Report on sanitation, dispensaries, and jails in Rajputana for 1910, and on vaccination for the year 1910-1911 - 1910-1911
Year: 1910
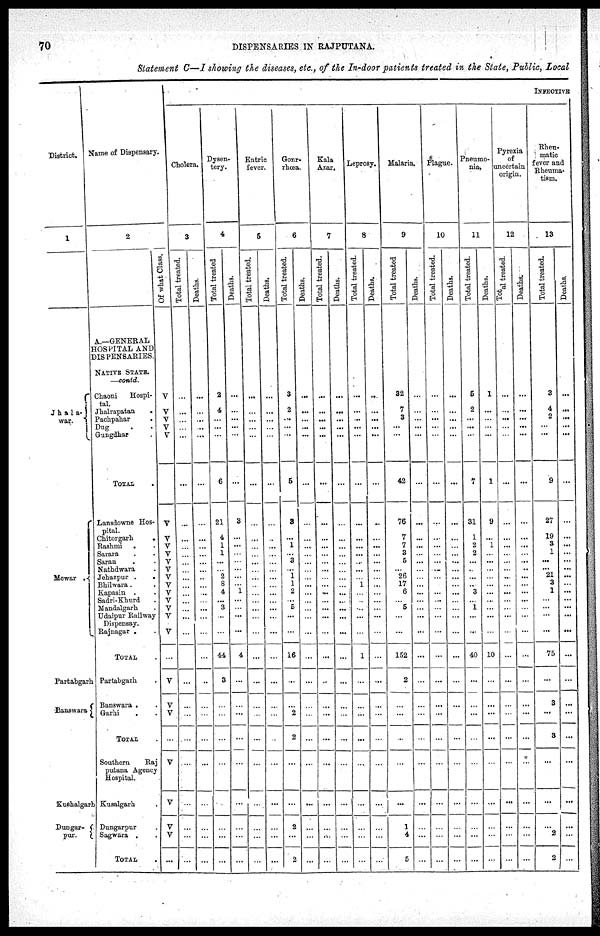
70
DISPENSARIES IN RAJPUTANA.
Statement C—I showing the diseases, etc., of the In-door patients treated in the State, Public, Local
District.
1
Jhala-
war.
Mewar
.
Partabgarh
Banswara
Kushalgarh
Dungar-
pur.
Name of Dispensary.
2
A.—GENERAL
HOSPITAL AND
DISPENSARIES.
NATIVE STATE.
—contd.
Chaoni
Hospi-
tal.
Jhalrapatan
.
Pachpahar .
Dug . .
Gungdhar .
TOTAL .
Lansdowne Hos-
pital.
Chitorgarh .
Rashmi . .
Sarara . .
Saran . .
Nathdwara .
Jehazpur . .
Bhilwara.
Kapasin . .
Sadri-Khurd .
Mandalgarh .
Udaipur Railway
Dispensay.
Rajnagar . .
TOTAL .
Partabgarh .
Banswara . .
Garhi . .
TOTAL .
Southern
Raj
putana Agency
Hospital.
Kusalgarh .
Dungarpur .
Sagwara . .
TOTAL .
INFECTIVE
Cholera.
3
Of what Class.
V
V
V
V
V
...
V
V
V
V
V
V
V
V
V
V
V
V
V
...
V
V
V
...
V
V
V
V
...
Total treated.
...
...
...
...
...
...
...
...
...
...
...
...
...
...
...
...
...
...
...
...
...
...
...
...
...
...
...
...
...
Deaths.
...
...
...
...
...
...
...
...
...
...
...
...
...
...
...
...
...
...
...
...
...
...
...
...
...
...
...
...
...
Dysen-
tery.
4
Total treated
2
4
...
...
...
6
21
4
1
1
...
...
2
8
4
...
3
...
...
44
3
...
...
...
...
...
...
...
...
Deaths.
...
...
...
...
...
...
3
...
...
...
...
...
...
...
1
...
...
...
...
4
...
...
...
...
...
...
...
...
...
Entric
fever.
5
Total treated.
...
...
...
...
...
...
...
...
...
...
...
...
...
...
...
...
...
...
...
...
...
...
...
...
...
...
...
...
...
Deaths.
...
...
...
...
...
...
...
...
...
...
...
...
...
...
...
...
...
...
...
...
...
...
...
...
...
...
...
...
...
Gon-*
rhœa.
6
Total treated.
3
2
...
...
...
5
3
...
1
...
3
...
1
1
2
...
5
...
...
16
...
...
2
2
...
...
2
...
2
Deaths.
...
...
...
...
...
...
...
...
...
...
...
...
...
...
...
...
...
...
...
...
...
...
...
...
...
...
...
...
...
Kala
Azar.
7
Total treated.
...
...
...
...
...
...
...
...
...
...
...
...
...
...
...
...
...
...
...
...
..
...
...
...
...
...
...
...
...
Deaths.
...
...
...
...
...
...
...
...
...
...
...
...
...
...
...
...
...
...
...
...
...
...
...
...
...
...
...
...
...
Leprosy.
8
Total treated.
...
...
...
...
...
...
...
...
...
...
...
...
...
1
...
...
...
...
...
1
...
...
...
...
...
...
...
...
...
Deaths.
..
...
...
...
...
...
...
...
...
...
...
...
...
...
...
...
...
...
...
...
...
...
...
...
...
...
...
...
...
Malaria.
9
Total treated
32
7
3
...
...
42
76
7
7
3
5
...
26
17
6
...
5
...
...
152
2
...
...
...
...
...
1
4
5
Deaths.
...
...
...
...
...
...
...
...
...
...
...
...
...
...
...
...
...
...
...
...
...
...
...
...
...
...
...
...
...
Plague.
10
Total treated.
...
...
...
...
...
...
...
...
...
...
...
...
...
...
...
...
...
...
...
...
...
...
...
...
...
...
...
...
...
Deaths.
...
...
...
...
...
...
...
...
...
...
...
...
...
...
...
...
...
...
...
...
...
...
...
...
...
...
...
...
...
Pneumo-
nia.
11
Total treated.
5
2
...
...
...
7
31
1
2
2
...
...
...
...
3
...
1
...
...
40
...
...
...
...
...
...
...
...
...
Deaths.
1
...
...
...
...
1
9
...
1
...
...
...
...
...
...
...
...
...
...
10
...
...
...
...
...
...
...
...
...
Pyrexia
of
uncertain
origin.
12
Total treated.
...
...
...
...
...
...
...
...
...
...
...
...
...
...
...
...
...
...
...
...
...
...
...
...
...
...
...
...
...
Deaths.
...
...
...
...
...
...
...
...
...
...
...
...
...
...
...
...
...
...
...
...
...
...
...
...
...
...
...
...
...
Rheu-
matic
fever and
Rheuma-
tism.
13
Total treated.
3
4
2
...
...
9
27
19
3
1
...
...
21
3
1
...
...
...
...
75
...
3
...
3
...
...
...
2
2
Deaths
...
...
...
...
...
...
...
...
...
...
...
...
...
...
...
...
...
...
...
...
...
...
...
...
...
...
...
...
...